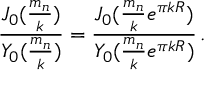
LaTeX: \frac { J _ { 0 } ( \frac { m _ { n } } { k } ) } { Y _ { 0 } ( \frac { m _ { n } } { k } ) } = \frac { J _ { 0 } ( \frac { m _ { n } } { k } e ^ { \pi k R } ) } { Y _ { 0 } ( \frac { m _ { n } } { k } e ^ { \pi k R } ) } \, .